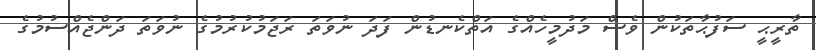
ތާރީޙީ ސަފުޙާތަކުން ވެސް މަދުމީހެއްގެ އަތްކެނޑުން ފަދަ ނުވަތަ ރަޖަމުކުރުމުގެ ނުވަތަ ދަންޖެއްސުމުގެ